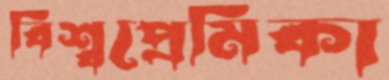
বিশ্বপ্রেমিকা